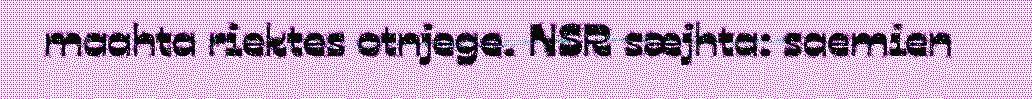
maahta riektes otnjege. NSR sæjhta: saemien